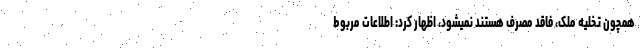
همچون تخلیه ملک، فاقد مصرف هستند نمیشود، اظهار کرد: اطلاعات مربوط